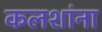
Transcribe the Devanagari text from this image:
कलशांना